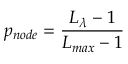
p _ { n o d e } = \frac { L _ { \lambda } - 1 } { L _ { m a x } - 1 }